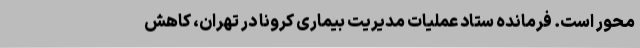
محور است. فرمانده ستاد عملیات مدیریت بیماری کرونا در تهران، کاهش